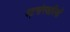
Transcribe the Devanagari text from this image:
षट्गोस्वामियों